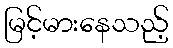
မြင့်မားနေသည့်